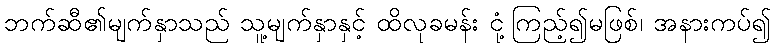
ဘက်ဆီ၏မျက်နှာသည် သူ့မျက်နှာနှင့် ထိလုခမန်း ငုံ့ကြည့်၍မဖြစ်၊ အနားကပ်၍